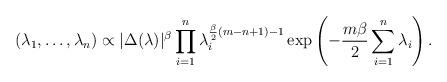
LaTeX: \begin{align*}(\lambda_1, \dots, \lambda_n) \propto |\Delta(\lambda)|^\beta \prod_{i = 1}^n \lambda_i^{\frac{\beta}{2}(m - n + 1) - 1} \exp\left( - \frac {m \beta}2\sum_{i = 1}^n \lambda_i \right).\end{align*}